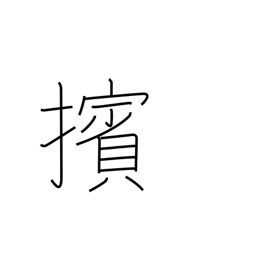
Meaning: push (people) back